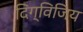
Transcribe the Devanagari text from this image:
दिग्विजिय